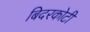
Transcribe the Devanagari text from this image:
बिदरकोटी